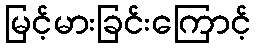
မြင့်မားခြင်းကြောင့်